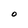
Character: 0